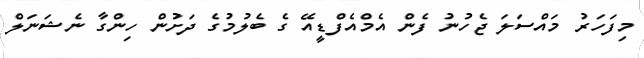
މިފަހަރު މައްސަލަ ޖެހުނު ފެން އެމްއެފްޑީއޭ ގެ ބެލުމުގެ ދަށުން ހިންގާ ނެޝަނަލް